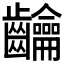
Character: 𮯘